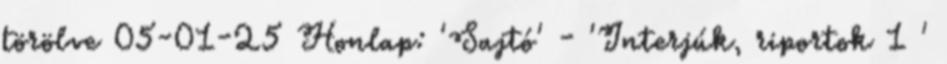
törölve 05-01-25 Honlap: 'Sajtó' - 'Interjúk, riportok 1 '